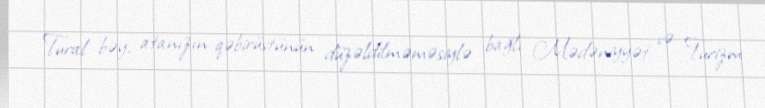
- Tural bəy, atanızın qəbirüstünün düzəldilməməsiylə bağlı Mədəniyyət və Turizm